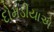
દોમડીયાએ